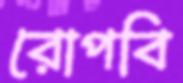
রোপবি